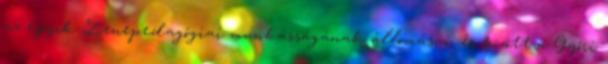
az egyik Zenepedagógiai munkásságának állomásai: és között a Győri